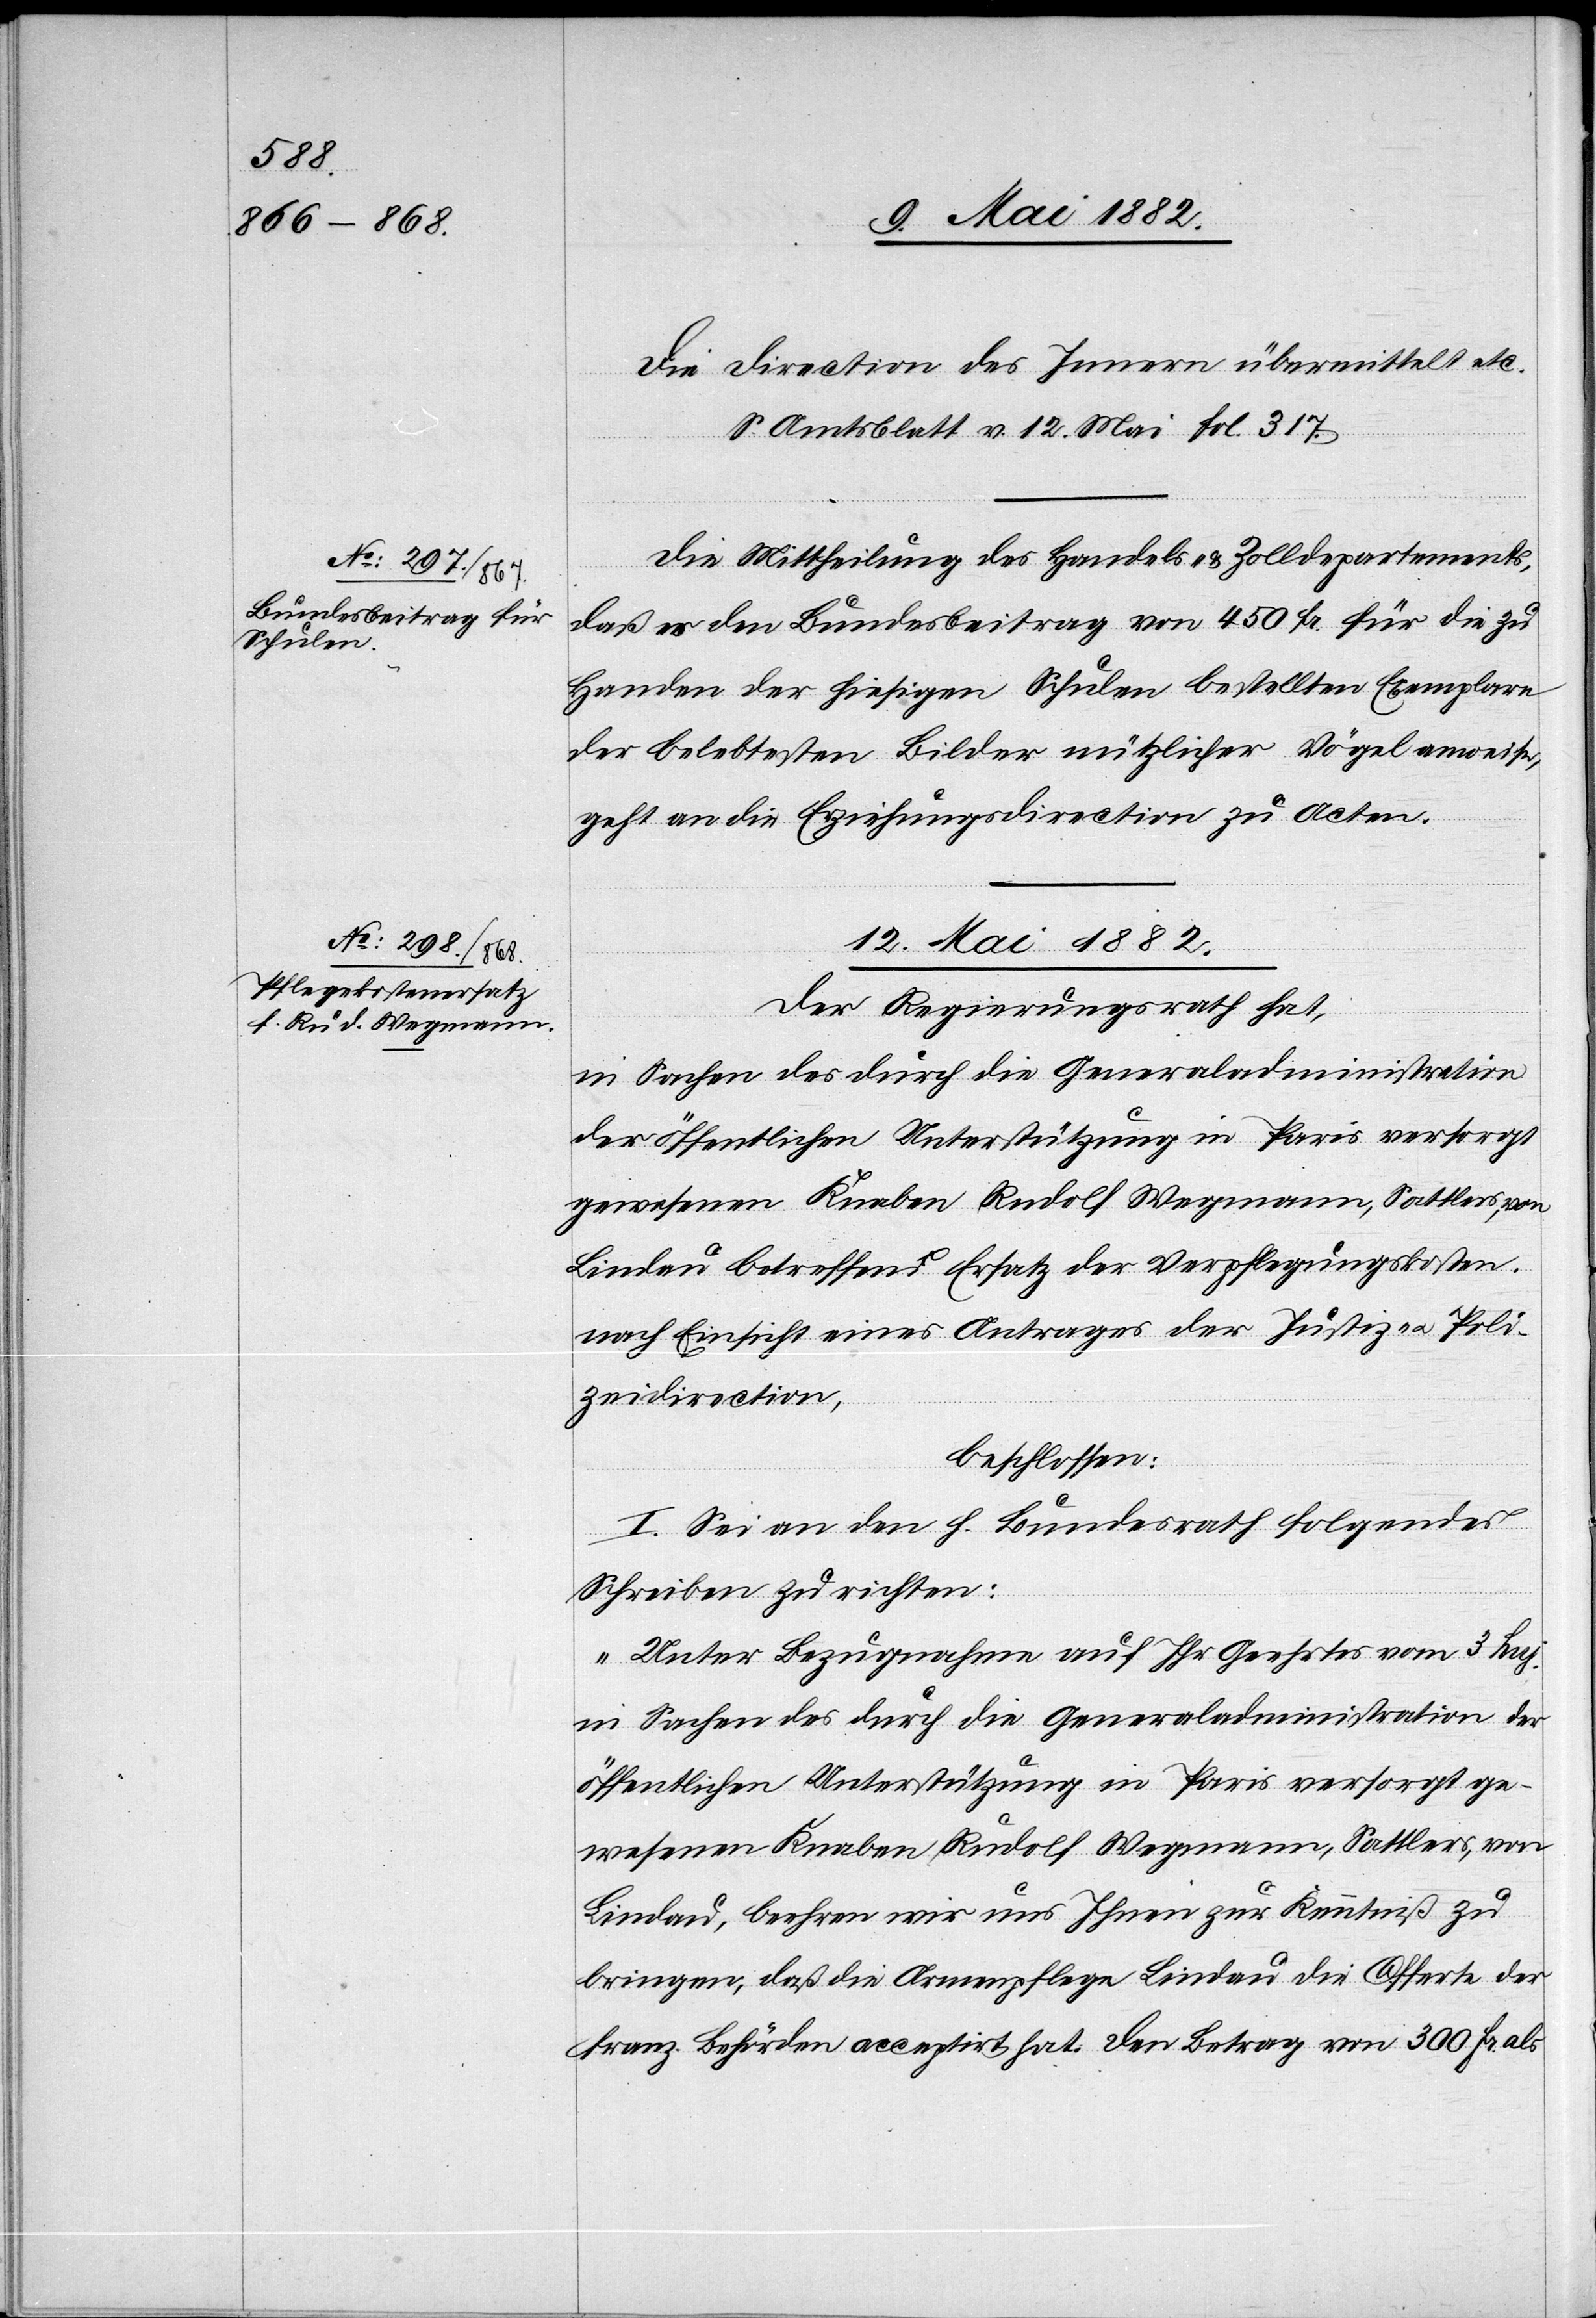
Die Direction des Innern übermittelt etc.
S. Amtsblatt v. 12. Mai fol. 317.
Die Mittheilung des Handels- & Zolldepartements,
daß es den Bundesbeitrag von 450 Fr. für die zu
Handen der hiesigen Schulen bestellten Exemplare
der belebtesten Bilder nützlicher Vögel anweise,
geht an die Erziehungsdirection zu Acten.
12. Mai 1882.
Der Regierungsrath hat,
Lindau betreffend Ersatz der Verpflegungskosten,
nach Einsicht eines Antrages der Justiz- u. Poli¬
zeidirection,
beschlossen:
I. Sei an den h. Bundesrath folgendes
Schreiben zu richten:
„Unter Bezugnahme auf ihr Geehrtes vom 3. huj.
in Sachen des durch die Generaladministration der
öffentlichen Unterstützung in Paris versorgt ge¬
wesenen Knaben Rudolf Wegmann, Sattlers, von
Lindau, beehren wir uns Ihnen zur Kenntniß zu
bringen, daß die Armenpflege Lindau die Offerte der
franz. Behörden acceptirt hat. Den Betrag von 300 Fr. als